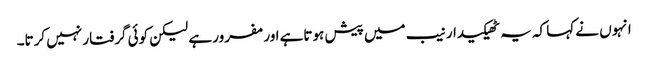
انہوں نے کہا کہ یہ ٹھیکیدار نیب میں پیش ہوتاہے اور مفرور ہے لیکن کوئی گرفتار نہیں کرتا۔